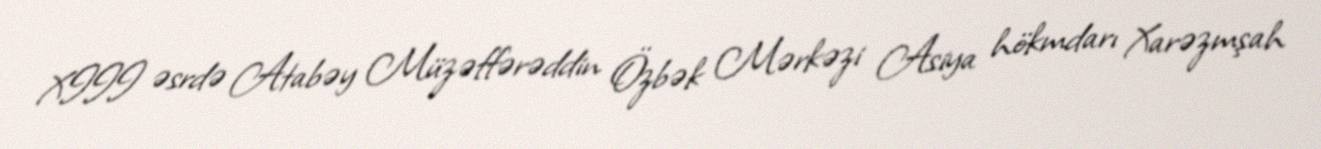
XIII əsrdə Atabəy Müzəffərəddin Özbək Mərkəzi Asiya hökmdarı Xarəzmşah